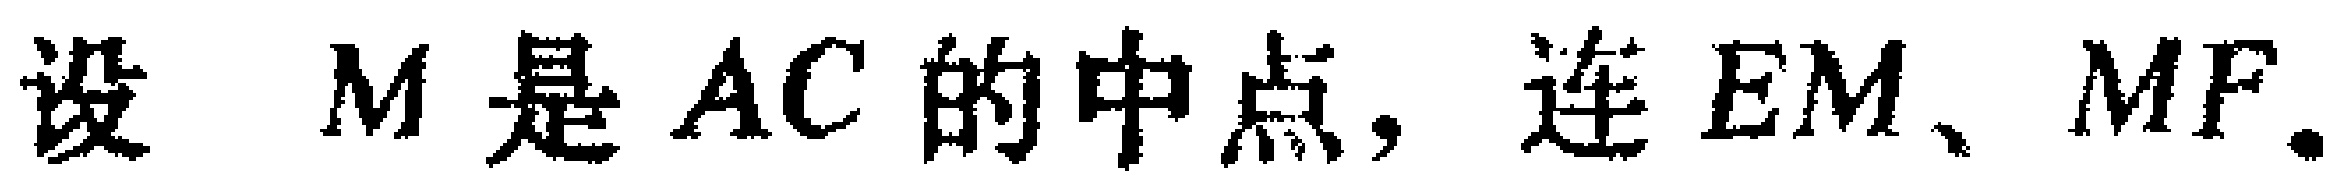
设 \(M\) 是 \(AC\) 的中点，连 \(EM\)、\(MF\)。